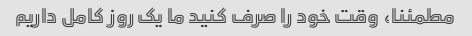
مطمئنا، وقت خود را صرف کنید ما یک روز کامل داریم